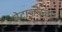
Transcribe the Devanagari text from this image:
बेटाजवळ्च